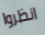
انظروا